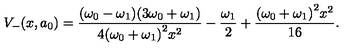
V _ { - } ( x , a _ { 0 } ) = \frac { ( \omega _ { 0 } - \omega _ { 1 } ) ( 3 \omega _ { 0 } + \omega _ { 1 } ) } { 4 { ( \omega _ { 0 } + \omega _ { 1 } ) } ^ { 2 } x ^ { 2 } } - \frac { \omega _ { 1 } } { 2 } + \frac { { ( \omega _ { 0 } + \omega _ { 1 } ) } ^ { 2 } x ^ { 2 } } { 1 6 } .